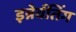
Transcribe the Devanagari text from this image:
इन्नेर्वतिंग